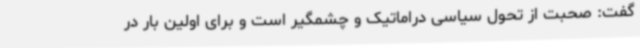
گفت: صحبت از تحول سیاسی دراماتیک و چشمگیر است و برای اولین بار در